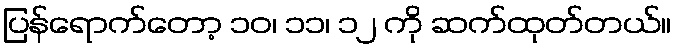
ပြန်ရောက်တော့ ၁၀၊ ၁၁၊ ၁၂ ကို ဆက်ထုတ်တယ်။